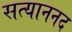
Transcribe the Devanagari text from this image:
सत्याननद